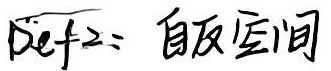
Def 2: 自反空间